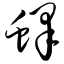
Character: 蜂